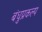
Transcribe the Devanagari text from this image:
बंधुप्रकल्प